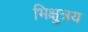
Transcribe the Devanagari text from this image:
भिक्षुत्रय